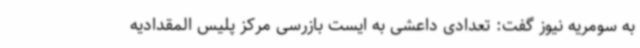
به سومریه نیوز گفت: تعدادی داعشی به ایست بازرسی مرکز پلیس المقدادیه